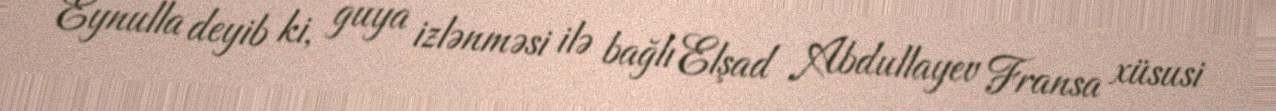
Eynulla deyib ki, guya izlənməsi ilə bağlı Elşad Abdullayev Fransa xüsusi